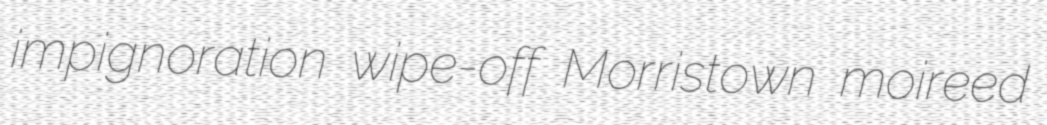
impignoration wipe-off Morristown moireed